Scottish Leaving Certificate Examination, 1957
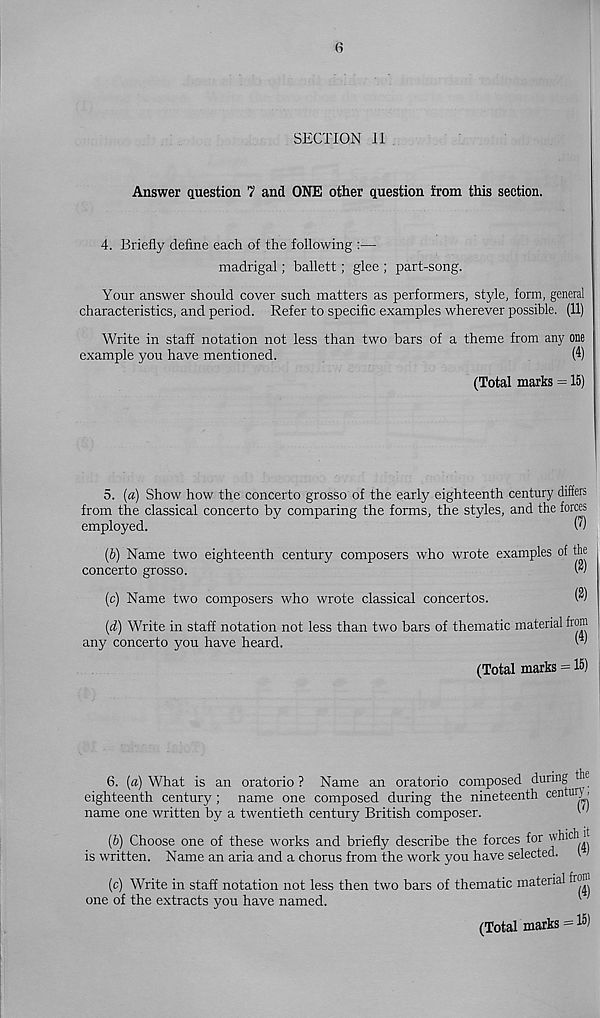
6
SECTION 11
Answer question 7 and ONE other question from this section.
4. Briefly define each of the following :—
madrigal; ballett; glee ; part-song.
Your answer should cover such matters as performers, style, form, general
characteristics, and period. Refer to specific examples wherever possible. (11)
Write in staff notation not less than two bars of a theme from any one
example you have mentioned.
(4)
(Total marks = 15)
5. (a) Show how the concerto grosso of the early eighteenth century differs
from the classical concerto by comparing the forms, the styles, and the forces
employed.
(')
(b) Name two eighteenth century composers who wrote examples of the
concerto grosso.
W
(c) Name two composers who wrote classical concertos.
(d) Write in staff notation not less than two bars of thematic material from
any concerto you have heard.
W
(Total marks = 15)
6. (a) What is an oratorio? Name an oratorio composed during
eighteenth century; name one composed during the nineteenth centuiy >
name one written by a twentieth century British composer.
I'
(b) Choose one of these works and briefly describe the forces for which ij
is written. Name an aria and a chorus from the work you have selected. 1
(c) Write in staff notation not less then two bars of thematic material from
one of the extracts you have named.
(Total marks = I 5 )